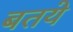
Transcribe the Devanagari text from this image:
बतये